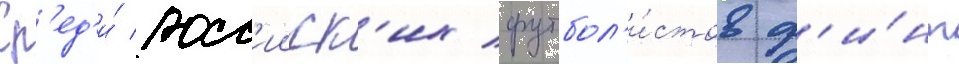
Ср'ед'и́ росс'ииск'их футбол'и́стов ф'и́нт